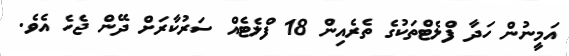
އަމީނުން ހަދާ ފްލެޓްތަކުގެ ތެރެއިން 18 ފްލެޓެއް ސަރުކާރަށް ދޭން ޖެހެ އެވެ.